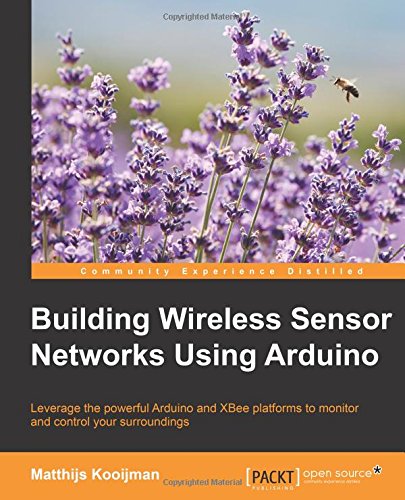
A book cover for Building Wireless Sensor Networks Using Arduino; Matthijs Kooijman; Computers & Technology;